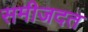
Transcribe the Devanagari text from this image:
समीजदत